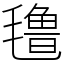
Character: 氇